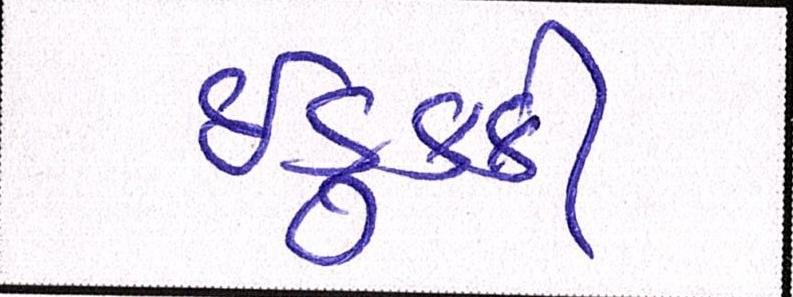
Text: ઈડુક્કી